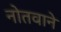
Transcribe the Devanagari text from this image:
नोतवाने